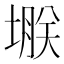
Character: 𫮗